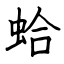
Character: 蛤